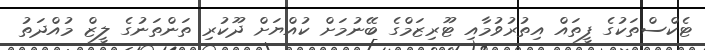
ޓެކްސްތަކުގެ ފީތައް އިތުރުވުމާއި ޓޫރިޒަމްގެ ބޭނުމަށް ކުއްޔަށް ދޫކުރި ތަންތަނުގެ ލީޒް މުއްދަތު